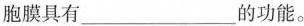
胞膜具有___的功能。